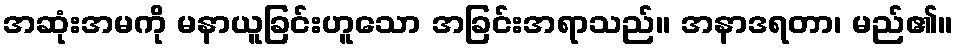
အဆုံးအမကို မနာယူခြင်းဟူသော အခြင်းအရာသည်။ အနာဒရတာ၊ မည်၏။